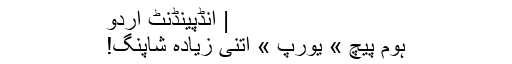
| انڈپینڈنٹ اردو
ہوم پیچ » یورپ » اتنی زیادہ شاپنگ!